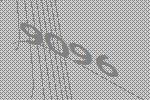
9096